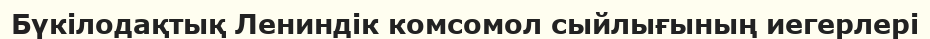
Бүкілодақтық Лениндік комсомол сыйлығының иегерлері